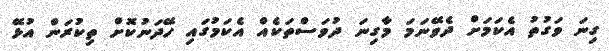
ގިނަ ވަގުތު އެކަމަށް ދެވޭނަމަ މާގިނަ ދުވަސްތަކެއް އެކަމުގައި ހޭދަނުކޮށް ތިކުރަން އުޅޭ